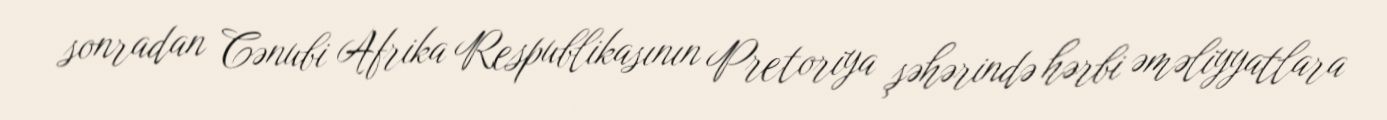
sonradan Cənubi Afrika Respublikasının Pretoriya şəhərində hərbi əməliyyatlara